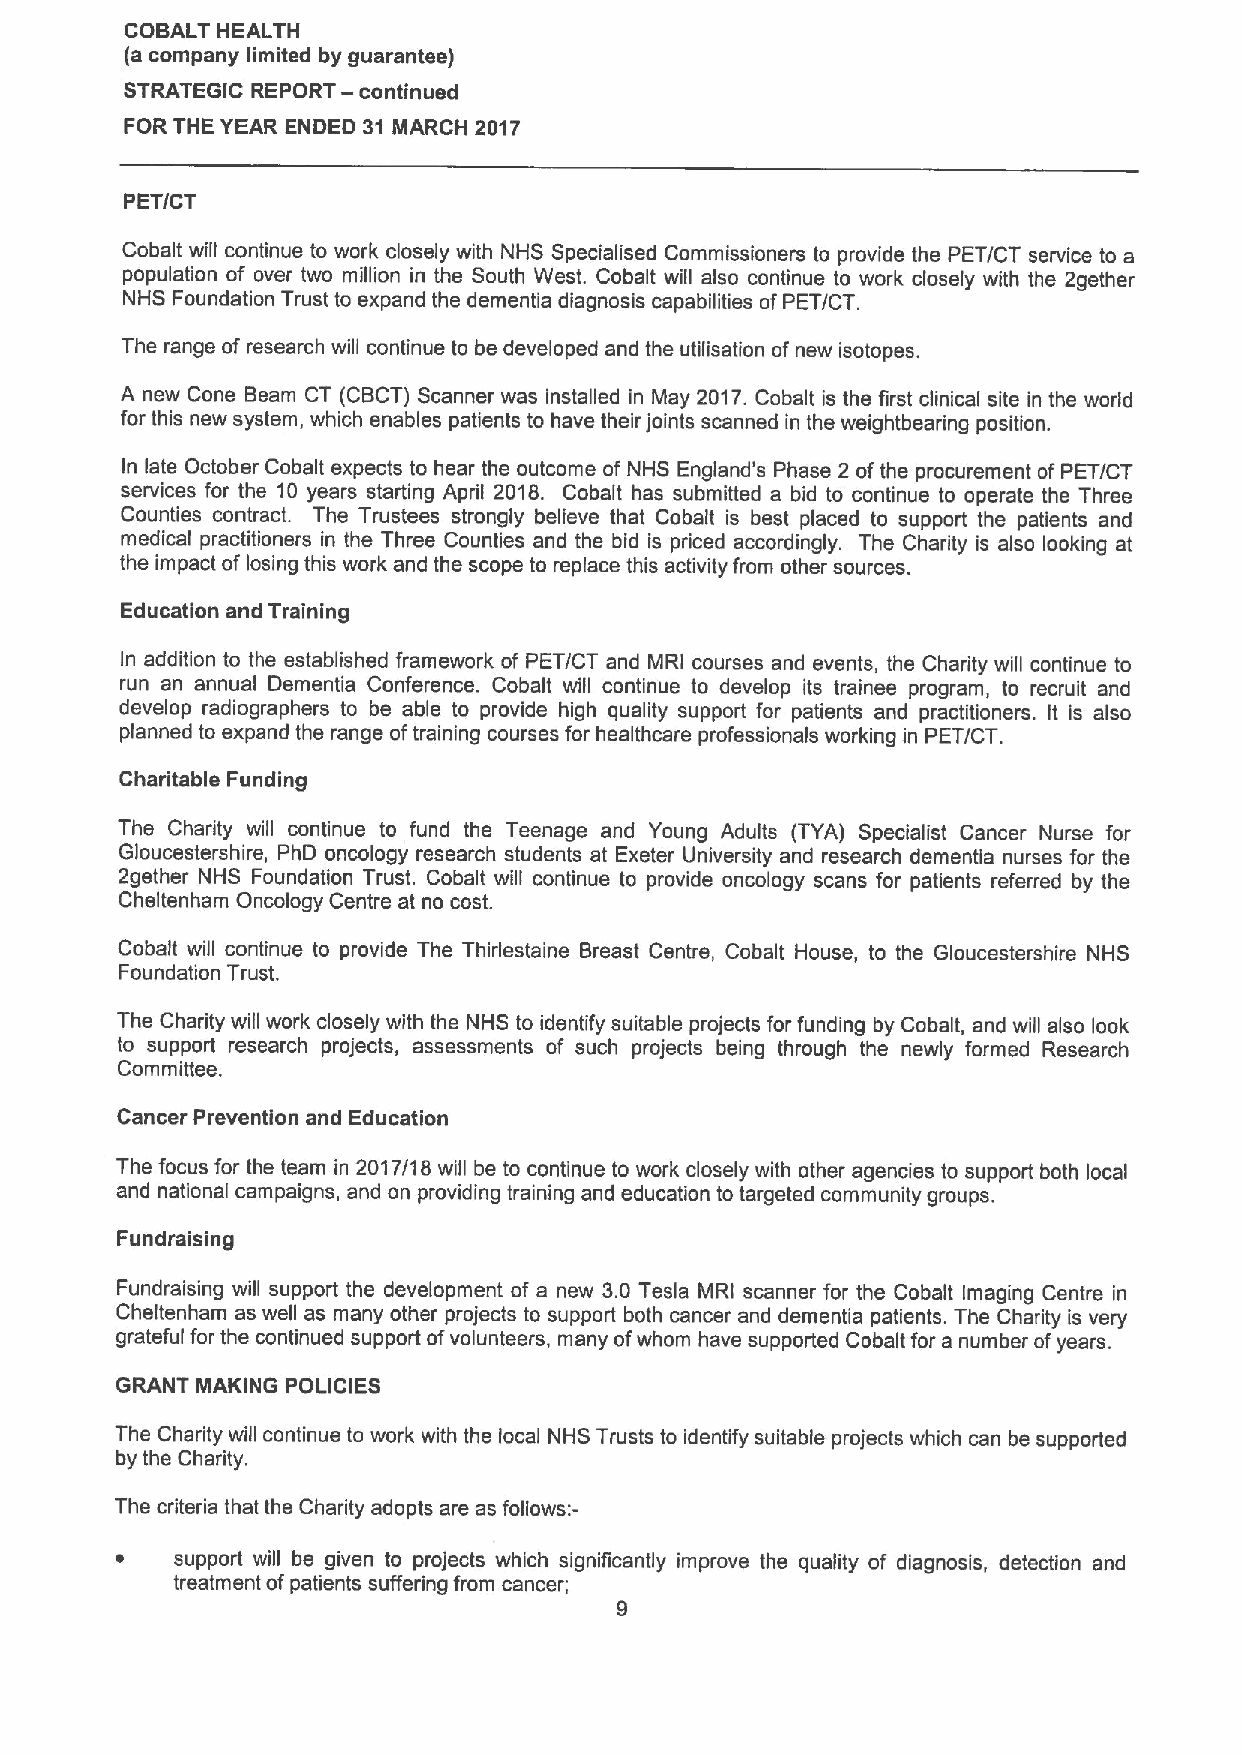
COBALT HEALTH
 (a company limited by guarantee)
 STRATEGIC REPORT —continued
 FOR THE YEAR ENDED 31 MARCH 2017
 PET/CT
 Cobalt will continue to work closely with NHS Specialised Commissioners to provide the PET/CT service to a
 population of over two million in the South West. Cobalt will also continue to work closely with the 2gether
 NHS Foundation Trust to expand the dementia diagnosis capabilities ofPET/CT.
 The range of research will continue to be developed and the utilisation of new isotopes.
 A new Cone Beam CT (CBCT) Scanner was installed in May 2017.Cobalt is the first clinical site in the world
 for this new system, which enables patients to have their joints scanned in the weightbearing position.
 In late October Cobalt expects to hear the outcome of NHS England's Phase 2 ofthe procurement ofPET/CT
 services for the 10 years starting April 2018. Cobalt has submitted a bid to continue to operate the Three
 Counties contract. The Trustees strongly believe that Cobalt is best placed to support the patients and
 medical practitioners in the Three Counties and the bid is priced accordingly. The Charity is also looking at
 the impact of losing this work and the scope to replace this activity from other sources.
 Education and Training
 In addition to the established framework of PET/CT and MRI courses and events, the Charity will continue to
 run an annual Dementia Conference. Cobalt will continue to develop its trainee program, to recruit and
 develop radiographers to be able to provide high quality support for patients and practitioners. It is also
 planned to expand the range oftraining courses for healthcare professionals working in PET/CT.
 Charitable Funding
 The Charity will continue to fund the Teenage and Young Adults (TYA) Specialist Cancer Nurse for
 Gloucestershire, PhD oncology research students at Exeter University and research dementia nurses for the
 2gether NHS Foundation Trust. Cobalt will continue to provide oncology scans for patients referred by the
 Cheltenham Oncology Centre at no cost.
 Cobalt will continue to provide The Thirlestaine Breast Centre, Cobalt House, to the Gloucestershire NHS
 Foundation Trust.
 The Charity will work closely with the NHS to identify suitable projects for funding by Cobalt, and will also look
 to support research projects, assessments of such projects being through the newly formed Research
 Committee.
 Cancer Prevention and Education
 The focus for the team in 2017/18 will be to continue to work closely with other agencies to support both local
 and national campaigns, and on providing training and education to targeted community groups.
 Fundraising
 Fundraising will support the development of a new 3.0 Tesla MRI scanner for the Cobalt Imaging Centre in
 Cheltenham as well as many other projects to support both cancer and dementia patients. The Charity is very
 grateful for the continued support ofvolunteers, many ofwhom have supported Cobalt for a number ofyears.
 GRANT MAKING POLICIES
 The Charity will continue to work with the local NHS Trusts to identify suitable projects which can be supported
 by the Charity.
 The criteria that the Charity adopts are as foliows:-
 ~   support will be given to projects which significantly improve the quality of diagnosis, detection and
 treatment ofpatients suffering from cancer;
 g